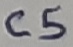
Text: C5